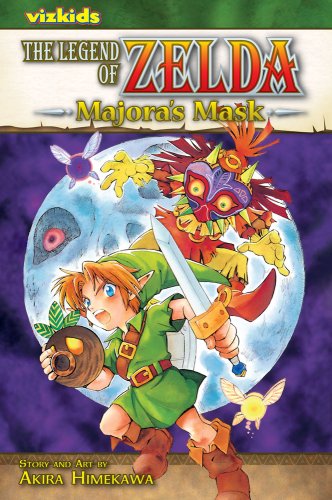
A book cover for The Legend of Zelda, Vol. 3: Majora's Mask; Akira Himekawa; Comics & Graphic Novels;